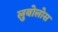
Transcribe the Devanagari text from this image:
लुबोलोस